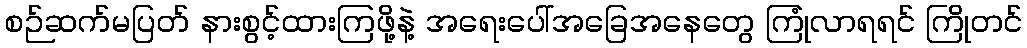
စဉ်ဆက်မပြတ် နားစွင့်ထားကြဖို့နဲ့ အရေးပေါ်အခြေအနေတွေ ကြုံလာရရင် ကြိုတင်